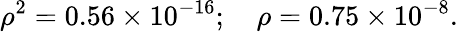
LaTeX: \rho^{2}=0.56\times 10^{-16};\quad\rho=0.75\times 10^{-8}.